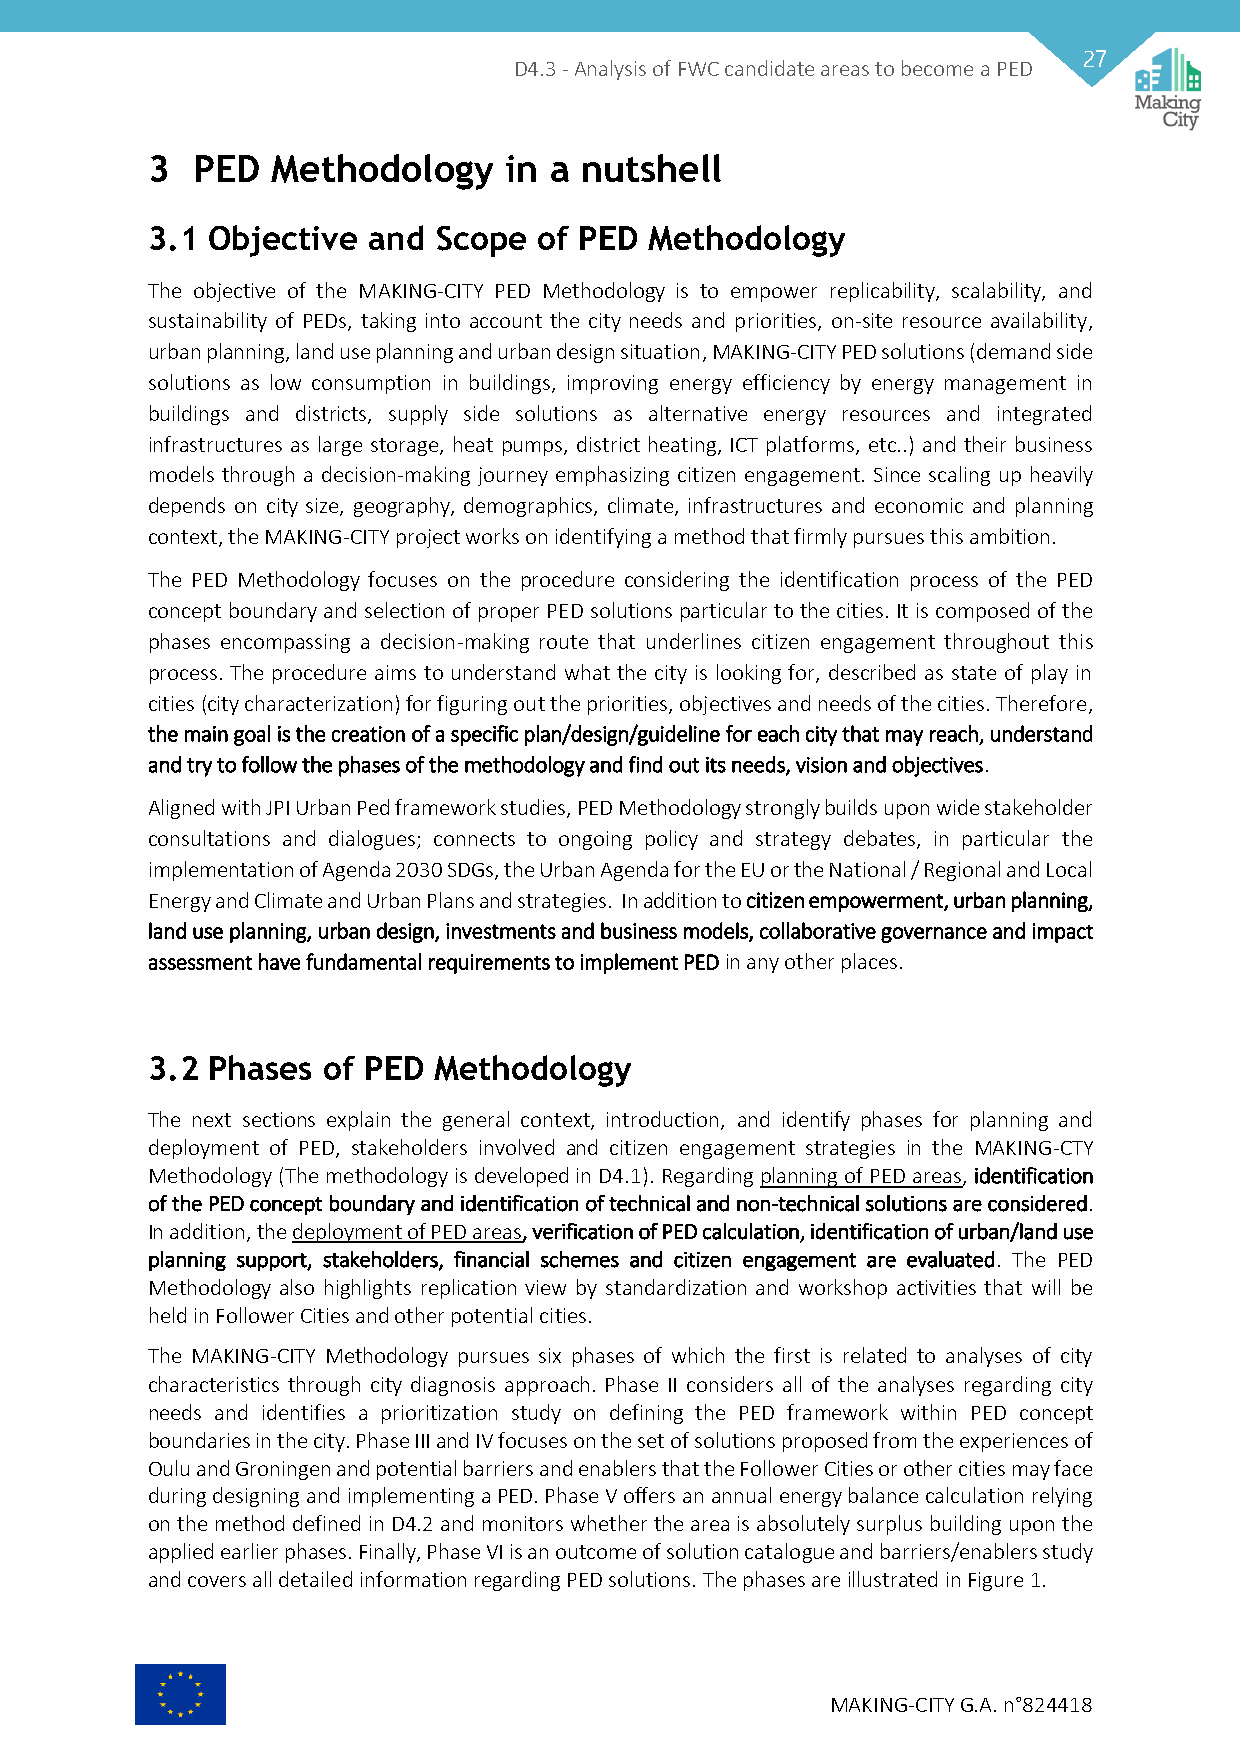
27
 D4.3 - Analysis of FWC candidate areas to become a PED
 3  PED  Methodology    in a nutshell
 3.1 Objective and  Scope  of PED Methodology
 The objective of the MAKING-CITY PED Methodology is to empower replicability, scalability, and
 sustainability of PEDs, taking into account the city needs and priorities, on-site resource availability,
 urban planning, land use planning and urban design situation, MAKING-CITY PED solutions (demand side
 solutions as low consumption in buildings, improving energy efficiency by energy management in
 buildings and districts, supply side solutions as alternative energy resources and integrated
 infrastructures as large storage, heat pumps, district heating, ICT platforms, etc..) and their business
 models through a decision-making journey emphasizing citizen engagement. Since scaling up heavily
 depends on city size, geography, demographics, climate, infrastructures and economic and planning
 context, the MAKING-CITY project works on identifying a method that firmly pursues this ambition.
 The PED Methodology focuses on the procedure considering the identification process of the PED
 concept boundary and selection of proper PED solutions particular to the cities. It is composed of the
 phases encompassing a decision-making route that underlines citizen engagement throughout this
 process. The procedure aims to understand what the city is looking for, described as state of play in
 cities (city characterization) for figuring out the priorities, objectives and needs of the cities. Therefore,
 the main goal is the creation of a specific plan/design/guideline for each city that may reach, understand
 and try to follow the phases of the methodology and find out its needs, vision and objectives.
 Aligned with JPI Urban Ped framework studies, PED Methodology strongly builds upon wide stakeholder
 consultations and dialogues; connects to ongoing policy and strategy debates, in particular the
 implementation of Agenda 2030 SDGs, the Urban Agenda for the EU or the National / Regional and Local
 Energy and Climate and Urban Plans and strategies. In addition to citizen empowerment, urban planning,
 land use planning, urban design, investments and business models, collaborative governance and impact
 assessment have fundamental requirements to implement PED in any other places.
 3.2 Phases of PED  Methodology
 The next sections explain the general context, introduction, and identify phases for planning and
 deployment of PED, stakeholders involved and citizen engagement strategies in the MAKING-CTY
 Methodology (The methodology is developed in D4.1). Regarding planning of PED areas, identification
 of the PED concept boundary and identification of technical and non-technical solutions are considered.
 In addition, the deployment of PED areas, verification of PED calculation, identification of urban/land use
 planning support, stakeholders, financial schemes and citizen engagement are evaluated. The PED
 Methodology also highlights replication view by standardization and workshop activities that will be
 held in Follower Cities and other potential cities.
 The MAKING-CITY Methodology pursues six phases of which the first is related to analyses of city
 characteristics through city diagnosis approach. Phase II considers all of the analyses regarding city
 needs and identifies a prioritization study on defining the PED framework within PED concept
 boundaries in the city. Phase III and IV focuses on the set of solutions proposed from the experiences of
 Oulu and Groningen and potential barriers and enablers that the Follower Cities or other cities may face
 during designing and implementing a PED. Phase V offers an annual energy balance calculation relying
 on the method defined in D4.2 and monitors whether the area is absolutely surplus building upon the
 applied earlier phases. Finally, Phase VI is an outcome of solution catalogue and barriers/enablers study
 and covers all detailed information regarding PED solutions. The phases are illustrated in Figure 1.
 MAKING-CITY G.A. n°824418